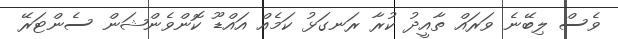
ވެސް ލިބޭނެ ވަރައް ތާއީދު ކުރާ ރަނގަޅު ކަމެއް އައްޑޫ ކޮންވެންޝަން ސެންޓަރޭ